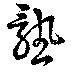
熟